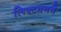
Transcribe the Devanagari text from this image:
लिफ्टमनचे